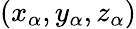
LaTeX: (x_{\alpha},y_{\alpha},z_{\alpha})